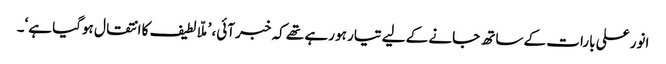
انور علی بارات کے ساتھ جانے کے لیے تیار ہو رہے تھے کہ خبر آئی، ’ملّا لطیف کا انتقال ہوگیا ہے‘۔